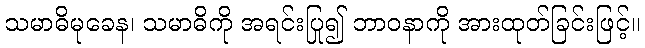
သမာဓိမုခေန၊ သမာဓိကို အရင်းပြု၍ ဘာဝနာကို အားထုတ်ခြင်းဖြင့်။